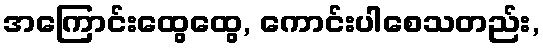
အကြောင်းထွေထွေ, ကောင်းပါစေသတည်း,